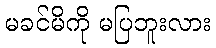
မခင်မိကို မပြဘူးလား